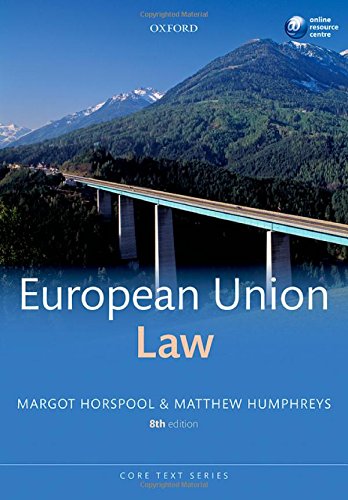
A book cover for European Union Law (Core Texts); Margot Horspool; Law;